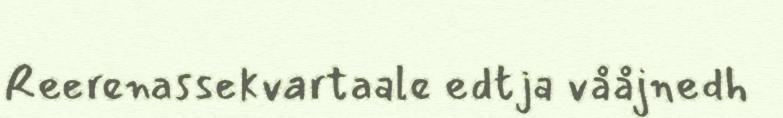
Reerenassekvartaale edtja vååjnedh